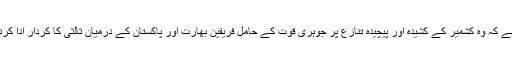
امریکی صدر ڈونلڈ ٹرمپ نے کہا ہے کہ وہ کشمیر کے کشیدہ اور پیچیدہ تنازع پر جوہری قوت کے حامل فریقین بھارت اور پاکستان کے درمیان ثالثی کا کردار ادا کرنے کی ہر ممکن کوشش کریں گے۔